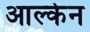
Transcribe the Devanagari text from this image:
आल्केन